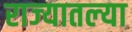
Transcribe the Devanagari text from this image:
राज्‍यातल्‍या